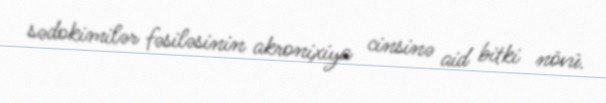
sədokimilər fəsiləsinin akronixiya cinsinə aid bitki növü.